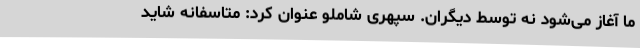
ما آغاز می‌شود نه توسط دیگران. سپهری شاملو عنوان کرد: متاسفانه شاید